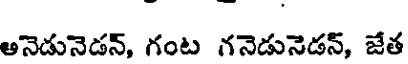
అనెడునెడన్, గంట గనెడునెడన్, జేత